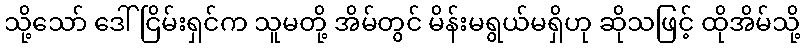
သို့သော် ဒေါ်ငြိမ်းရှင်က သူမတို့ အိမ်တွင် မိန်းမရွယ်မရှိဟု ဆိုသဖြင့် ထိုအိမ်သို့